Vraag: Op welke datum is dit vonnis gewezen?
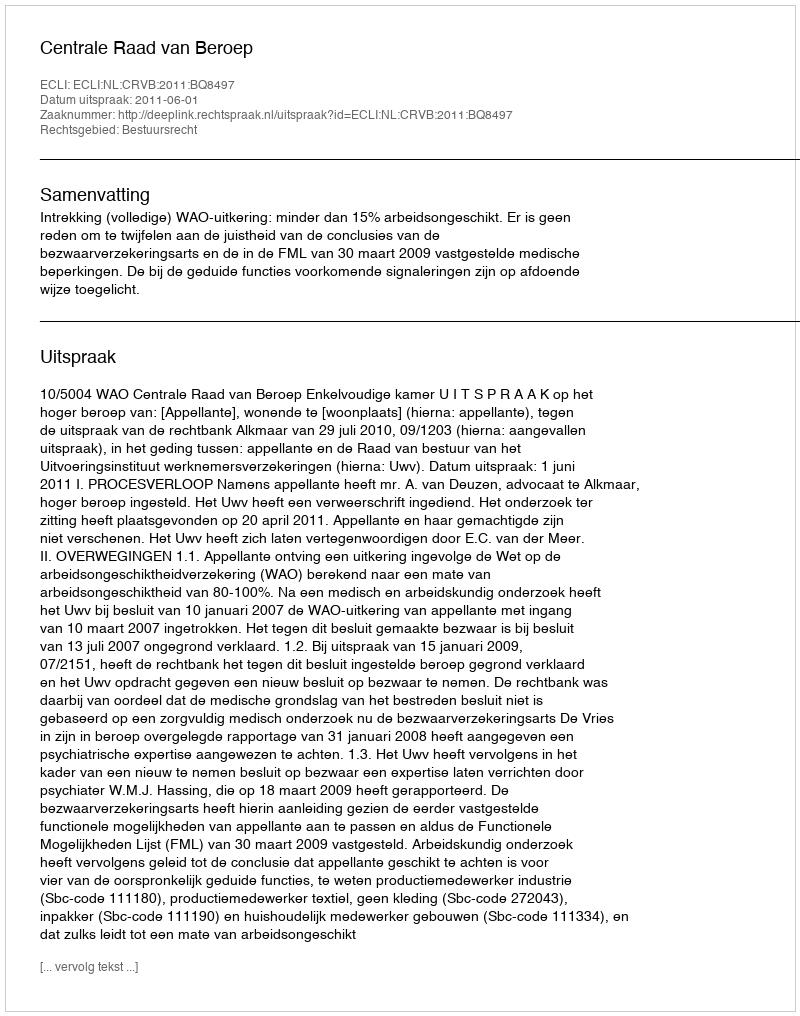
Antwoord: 2011-06-01